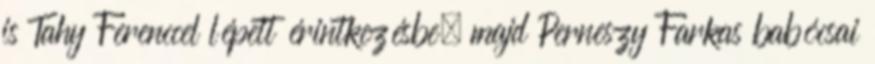
is Tahy Ferenccel lépett érintkezésbe, majd Perneszy Farkas babócsai